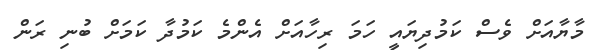
މާޔާއަށް ވެސް ކަމުދިޔައީ ހަމަ ރިހާއަށް އެންމެ ކަމުދާ ކަމަށް ބުނި ރަން